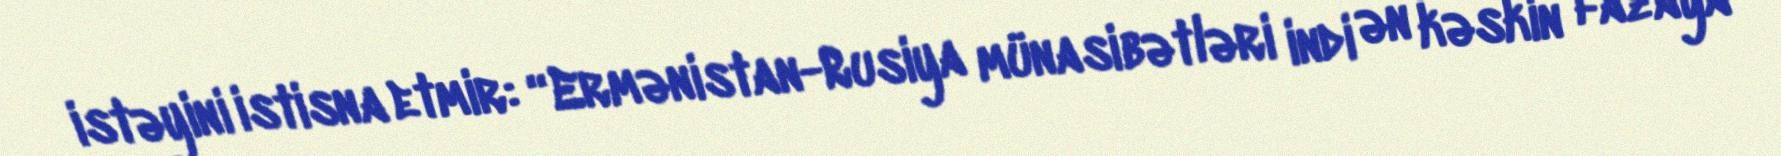
istəyini istisna etmir: “Ermənistan-Rusiya münasibətləri indi ən kəskin fazaya